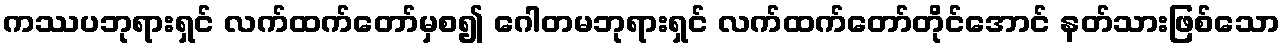
ကဿပဘုရားရှင် လက်ထက်တော်မှစ၍ ဂေါတမဘုရားရှင် လက်ထက်တော်တိုင်အောင် နတ်သားဖြစ်သော